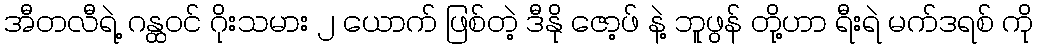
အီတလီရဲ့ ဂန္ထဝင် ဂိုးသမား ၂ ယောက် ဖြစ်တဲ့ ဒီနို ဇော့ဖ် နဲ့ ဘူဖွန် တို့ဟာ ရီးရဲ မက်ဒရစ် ကို